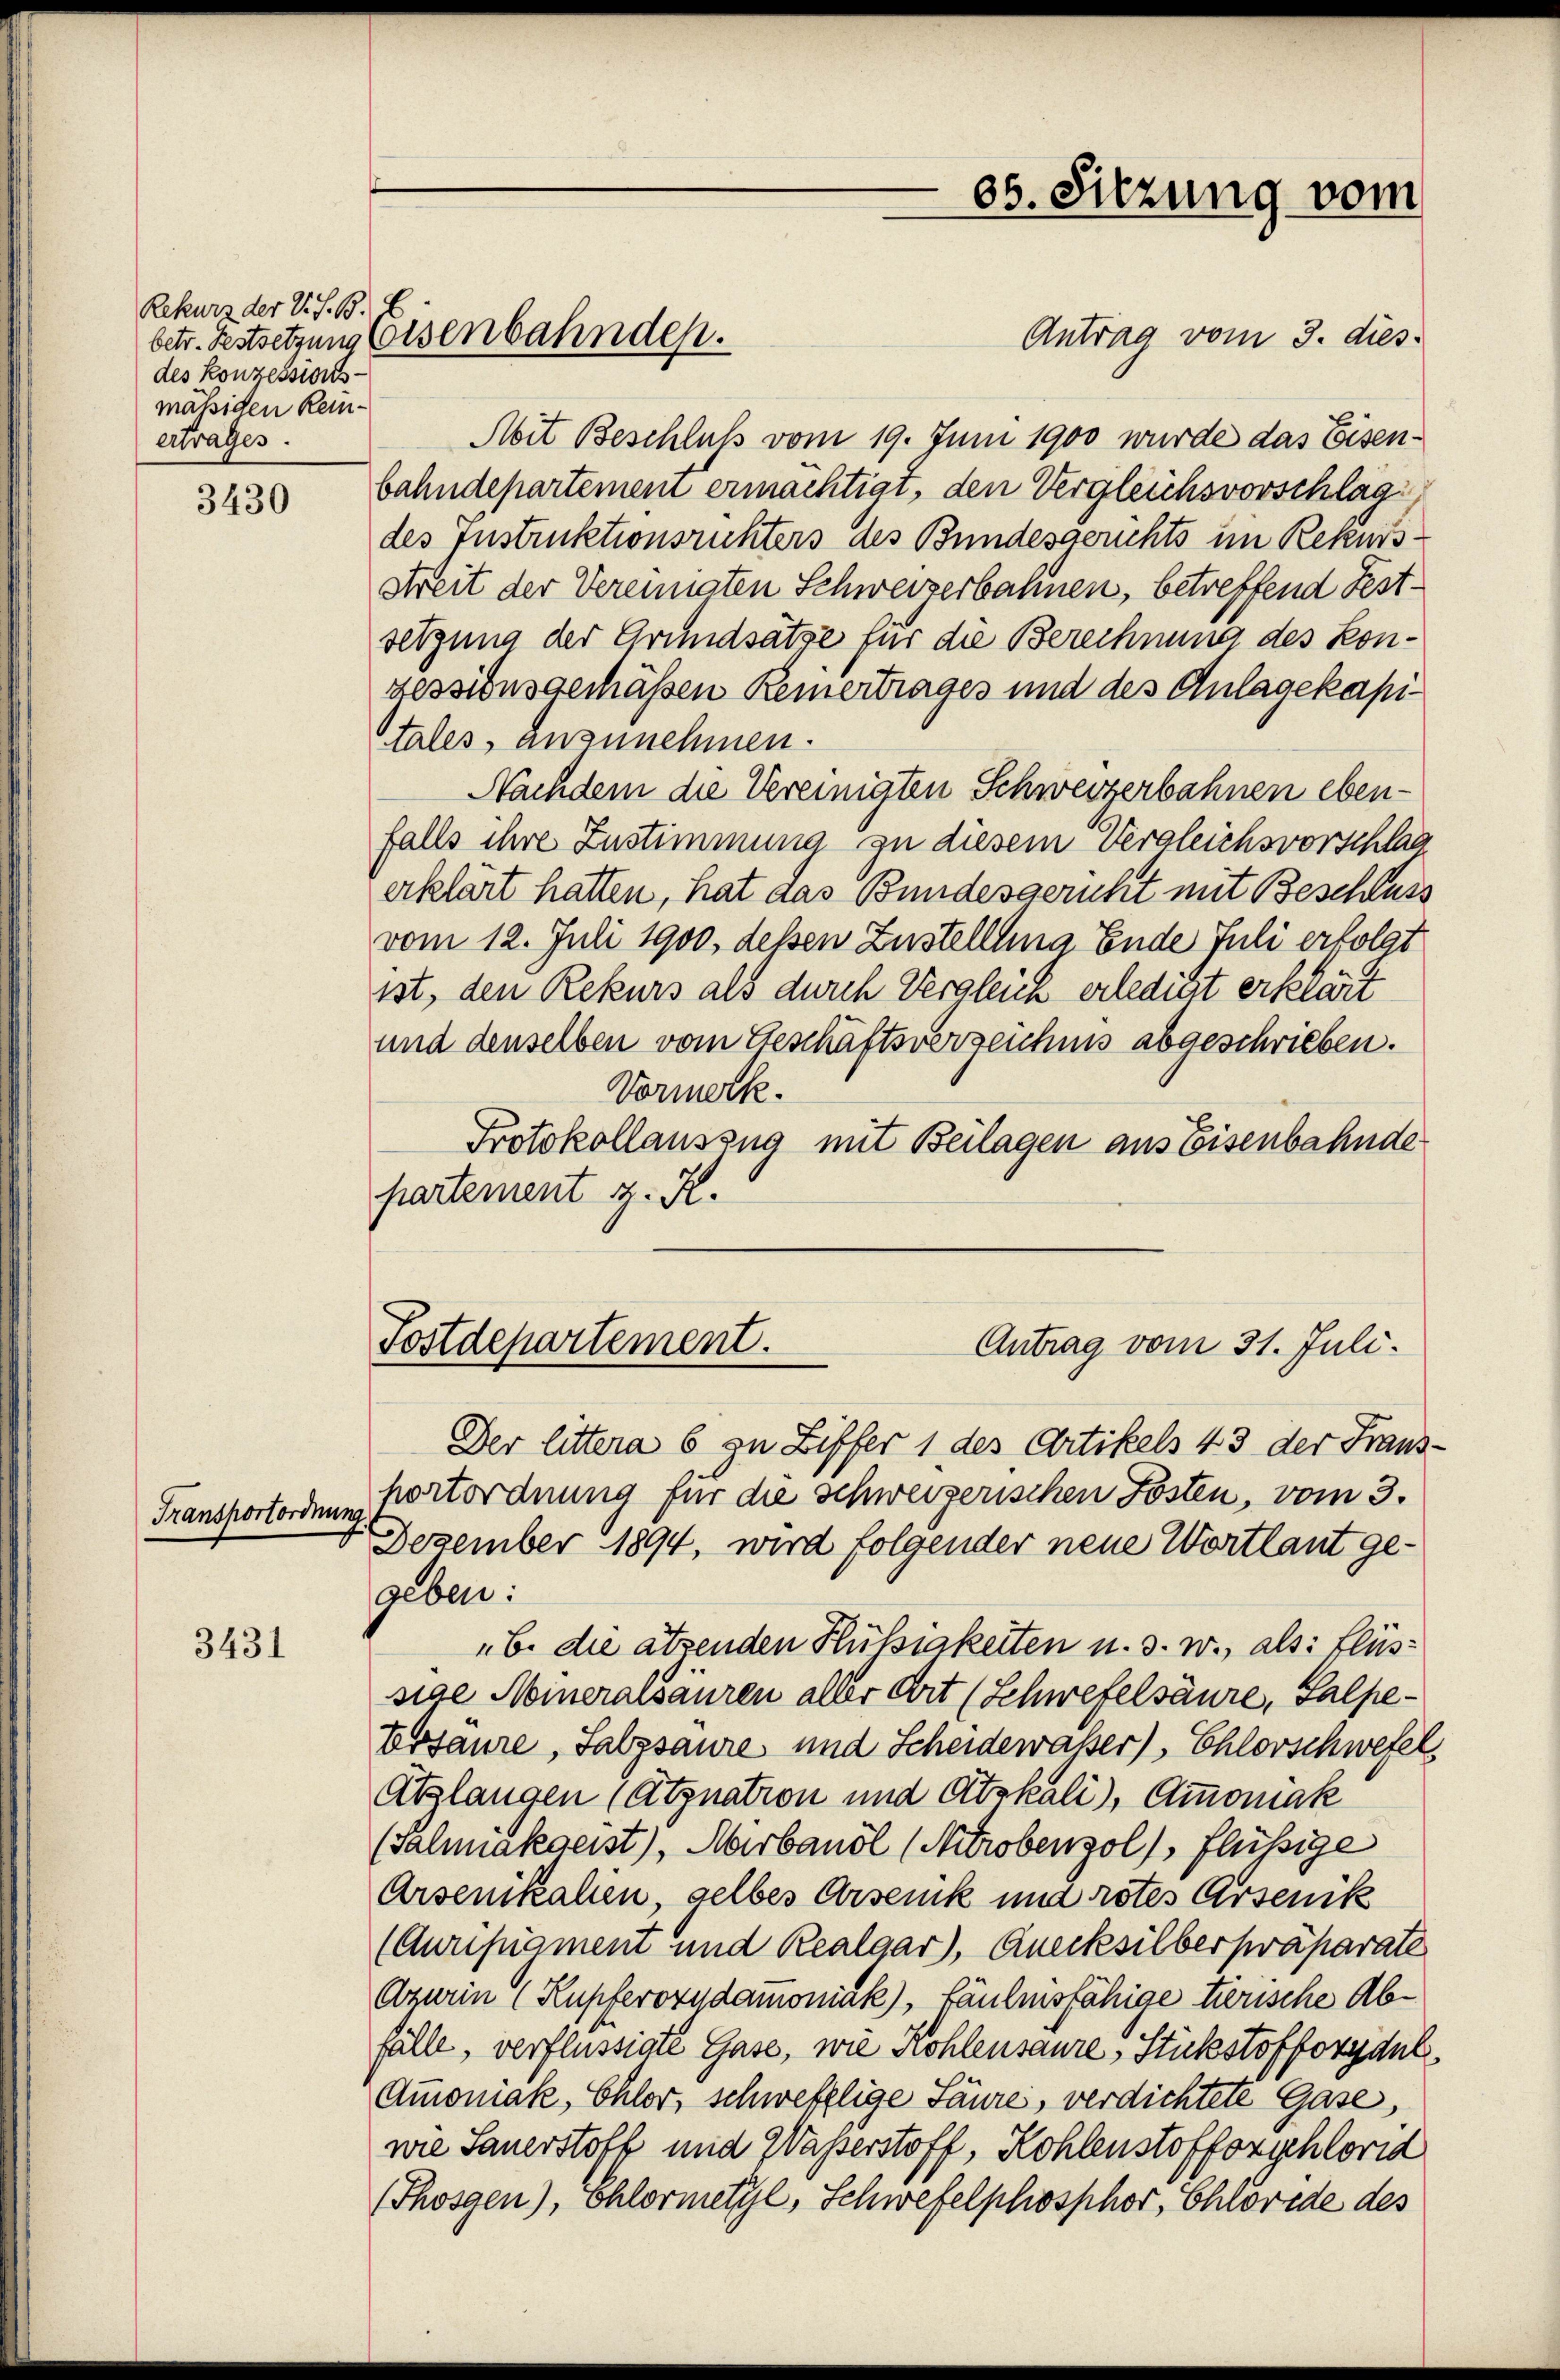
Rekurs der V. S. B.
des Konzessions
mässigen Reinertrages.

3430

Transportordnung.

3431

Antrag vom 3. dies
Ait Beschluß vom 19. Juni 1900 wurde das Eisenbahndepartemen ermächtigt, den Vergleichsvorschläg
des Instruktionsrichters des Bundesgerichts im Rekursstreit der Vereinaten Schweizerbahnen, betreffend Festsetzung der Grundsätze für die Berechnung des Kongessionsgemäßen Reinertrages und des Anlagekapitales, anzunehmen.
Nachdem die Vereinigten Schweizerbahnen ebenfalls ihre Zustimmung zu diesem Vergleichsvorschlag
erklärt hatten, hat das Bundesgericht mit Beschluss
vom 12. Juli 1900, deßen Zustelllung Ende Juli erfolgt
ist, den Rekurs als durch Vergleich erledit erklärt
und denselben vom Geschäftsverzeichnis abgeschrieben.
Vormerk.
Protokollauszug mit Beilagen aus Eisenbahnde
partement z. K.

betr. Festsetzung leisenbahnden.

Fostdepartement.
Antrag vom 31. Juli.

05. Sitzung vom

Der littera 6 zu Ziffer 1 des Artikels 43 der Frausportordnung für die schweizerischen Posten, vom 3.
Dezember 1894, wird folgender neue Wortlaut gegeben:
„6. die ätzenden Hüssigkeiten u. s. w., als: Flüssiae Meineralsauren aller Art (Schwefelsäure, Salpe¬
Ebsaure, Salzsaure und Scheidewasser) Chlorschwefel
Abglangen (Atznation und Atskali), Ammoniak
(Sahmakgeist), Marbandl (Nitrobenzol/, flüssige
Arsenikalen, selbes Arsenik und rotes Arsenik
(Auripigmem und Realgar), Quecksilberpräparate
Azurin (Kupferoxydamoniak), häulnisfähige tirische Abfälle, verflüssigte Gase, wie Kohlensaure, Stückstofforydel,
Ammoniak, Chlor, schwefzlige Säure, verdichtete Gase,
wie Sauerstoff und Waßerstoff, Kohlenstofforschlord
(Shosgen), Chlormetyl, Schwefelphosphor, Chrovide des